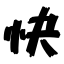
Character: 快